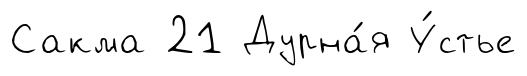
Сакма 21 Дурна́я У́стье